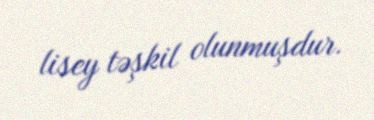
lisey təşkil olunmuşdur.